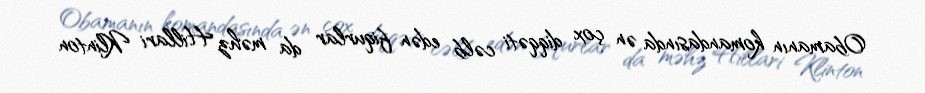
Obamanın komandasında ən çox diqqəti cəlb edən fiqurlar da məhz Hillari Klinton